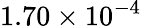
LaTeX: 1.70\times 10^{-4}